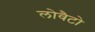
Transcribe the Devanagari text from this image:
लोवैटो